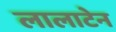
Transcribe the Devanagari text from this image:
लालाटेन